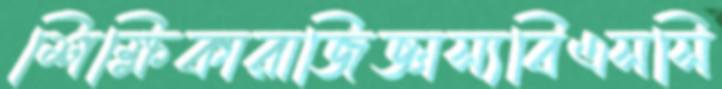
শিক্ষিকারাজিজ্ঞাস্যবিএসসি